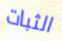
الثبات